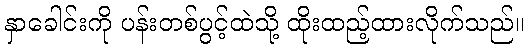
နှာခေါင်းကို ပန်းတစ်ပွင့်ထဲသို့ ထိုးထည့်ထားလိုက်သည်။